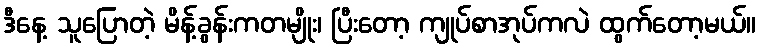
ဒီနေ့ သူပြောတဲ့ မိန့်ခွန်းကတမျိုး၊ ပြီးတော့ ကျုပ်စာအုပ်ကလဲ ထွက်တော့မယ်။